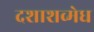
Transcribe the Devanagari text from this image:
दशाशव्मेध